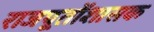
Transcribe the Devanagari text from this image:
राजपूतोंशासक